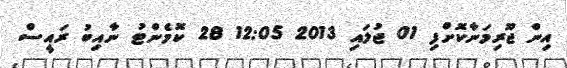
އިން ޖޫރިމަނާކޮށްފި 01 ޖުލައި 2013 12:05 28 ކޮމެންޓު ނާއިބު ރައީސް